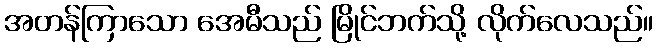
အတန်ကြာသော အေမီသည် မြိုင်ဘက်သို့ လိုက်လေသည်။